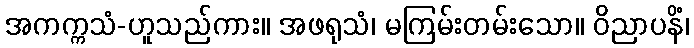
အကက္ကသံ-ဟူသည်ကား။ အဖရုသံ၊ မကြမ်းတမ်းသော။ ဝိညာပနိံ၊